Vaccination United Provinces of Agra and Oudh 1923-1928 - 1923-1928
Year: 1923
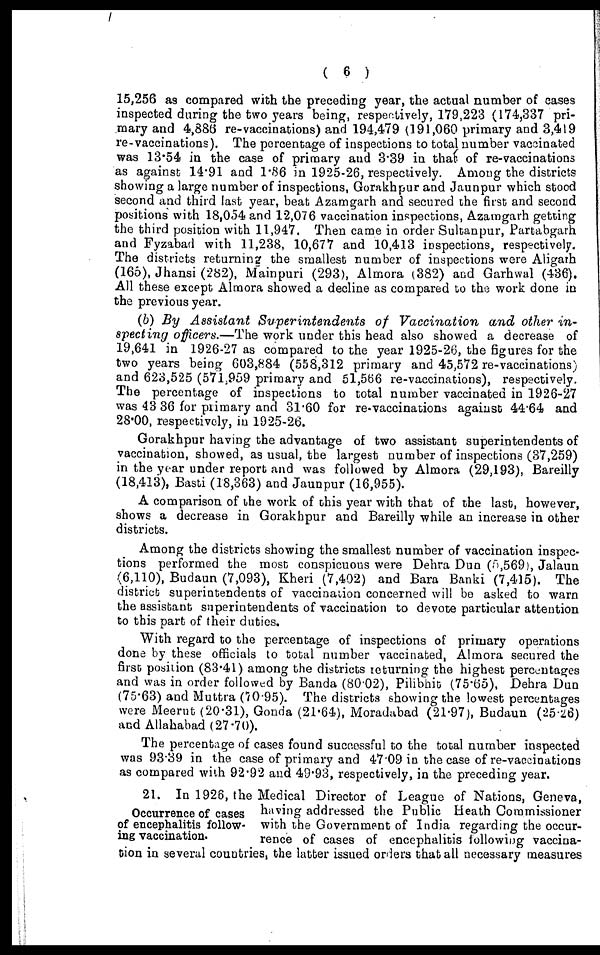
( 6 )
15,256 as compared with the preceding year, the actual number of cases
inspected during the two years being, respectively, 179,223 (174,337 pri-
mary and 4,886 re-vaccinations) and 194,479 (191,060 primary and 3,419
re-vaccinations). The percentage of inspections to total number vaccinated
was 13.54 in the case of primary and 3.39 in that of re-vaccinations
as against 14.91 and 1.86 in 1925-26, respectively. Among the districts
showing a large number of inspections, Gorakhpur and Jaunpur which stood
second and third last year, beat Azamgarh and secured the first and second
positions with 18,054 and 12,076 vaccination inspections, Azamgarh getting
the third position with 11,947. Then came in order Sultanpur, Partabgarh
and Fyzabad with 11,238, 10,677 and 10,413 inspections, respectively.
The districts returning the smallest number of inspections were Aligarh
(165), Jhansi (282), Mainpuri (293), Almora (382) and Garhwal (436).
All these except Almora showed a decline as compared to the work done in
the previous year.
(b) By Assistant Superintendents
of Vaccination
and other in-
specting officers.—The work under this head also showed a decrease of
19,641 in 1926-27 as compared to the year 1925-26, the figures for the
two years being 603,884 (558,312 primary and 45,572 re-vaccinations)
and 623,525 (571,959 primary and 51,566 re-vaccinations), respectively.
The percentage of inspections to total number vaccinated in 1926-27
was 43 36 for primary and 31.60 for re-vaccinations against 44.64 and
28.00, respectively, in 1925-26.
Gorakhpur having the advantage of two assistant superintendents of
vaccination, showed, as usual, the largest number of inspections (37,259)
in the year under report and was followed by Almora (29,193), Bareilly
(18,413), Basti (18,363) and Jaunpur (16,955).
A comparison of the work of this year with that of the last, however,
shows a decrease in Gorakhpur and Bareilly while an increase in other
districts.
Among the districts showing the smallest number of vaccination inspec-
tions performed the most conspicuous were Dehra Dun (5,569), Jalaun
(6,110), Budaun (7,093), Kheri (7,402) and Bara Banki (7,415). The
district superintendents of vaccination concerned will be asked to warn
the assistant superintendents of vaccination to devote particular attention
to this part of their duties.
With regard to the percentage of inspections of primary operations
done by these officials to total number vaccinated, Almora secured the
first position (83.41) among the districts returning the highest percentages
and was in order followed by Banda (80.02), Pilibhit (75.65), Dehra Dun
(75.63) and Muttra (70.95). The districts showing the lowest percentages
were Meerut (20.31), Gonda (21.64), Moradabad (21.97), Budaun (25.26)
and Allahabad (27.70).
The percentage of cases found successful to the total number inspected
was 93.39 in the case of primary and 47.09 in the case of re-vaccinations
as compared with 92.92 and 49.93, respectively, in the preceding year.
Occurrence of cases
of encephalitis follow-
ing vaccination.
21. In 1926, the Medical Director of League of Nations, Geneva,
having addressed the Public Heath Commissioner
with the Government of India regarding the occur-
rence of cases of encephalitis following vaccina-
tion in several countries, the latter issued orders that all necessary measures